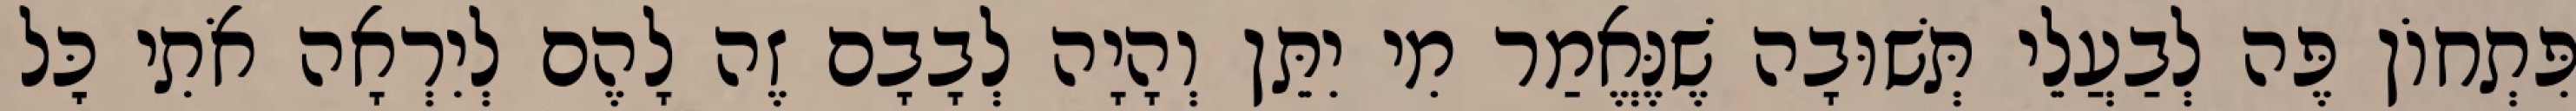
פִּתְחוֹן פֶּה לְבַעֲלֵי תְּשׁוּבָה שֶׁנֶּאֱמַר מִי יִתֵּן וְהָיָה לְבָבָם זֶה לָהֶם לְיִרְאָה אֹתִי כׇּל